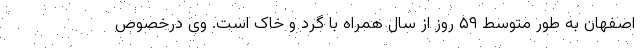
اصفهان به طور متوسط ۵۹ روز از سال همراه با گرد و خاک است. وی درخصوص